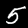
Digit: 5